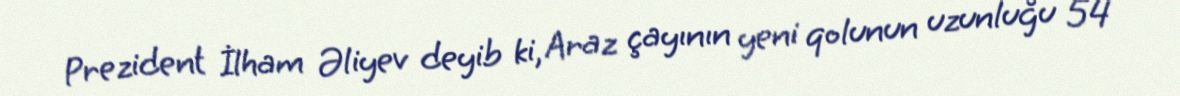
Prezident İlham Əliyev deyib ki, Araz çayının yeni qolunun uzunluğu 54